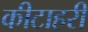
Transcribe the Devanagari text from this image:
कीटाहरी